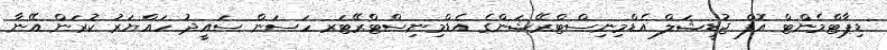
ޑިޕާޓްމެންޓް އޮފް ޖުޑީޝަލް އެޑްމިނިސްޓްރޭޝަންގެ އެޑްމިނިސްޓްރޭޓަރ ހަސަން ސައީދު ހައްޔަރު ކުރަން އޭނާ